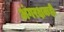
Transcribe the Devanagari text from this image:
अंगरक्षकही